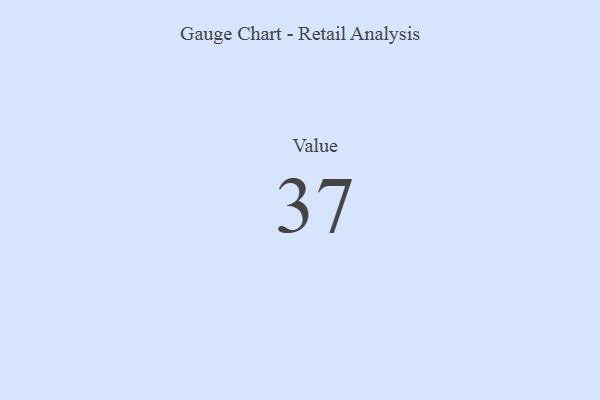
{"axis": {"x": "Metric", "y": "Value"}, "legend": [""], "data": [{"x": "Value", "y": 37, "type": ""}]}